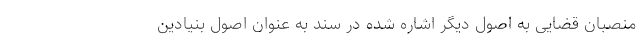
منصبان قضایی به اصول دیگر اشاره شده در سند به عنوان اصول بنیادین